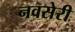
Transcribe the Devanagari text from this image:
नवसेरी